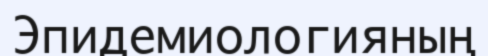
Эпидемиологияның